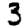
Digit: 3